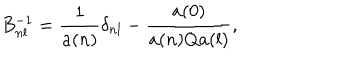
LaTeX: B _ { n l } ^ { - 1 } = \frac { 1 } { a ( n ) } \delta _ { n l } - \frac { a ( 0 ) } { a ( n ) Q a ( l ) } ,